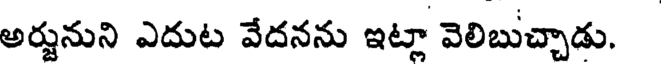
అర్జునుని ఎదుట వేదనను ఇట్లా వెలిబుచ్చాడు.